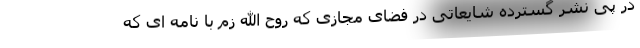
در پی نشر گسترده شایعاتی در فضای مجازی که روح الله زم با نامه ای که